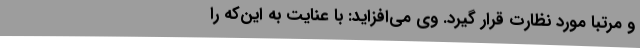
و مرتبا مورد نظارت قرار گیرد. وی می‌افزاید: با عنایت به این‌که را